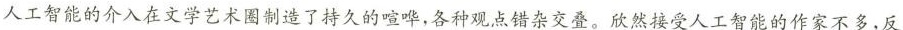
人工智能的介入在文学艺术造了持久的喧哗，各种观点错杂交叠。欣然接堂人工智能的作家不多，反